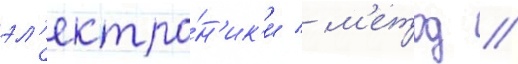
эл'ектро́н'ик'и / м'етод //